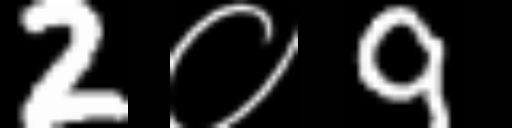
Text: 2०9